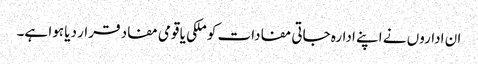
ان اداروں نے اپنے ادارہ جاتی مفادات کو ملکی یا قومی مفاد قرار دیا ہوا ہے۔